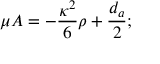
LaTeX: \mu A = - \frac { \kappa ^ { 2 } } { 6 } \rho + \frac { d _ { a } } { 2 } ;